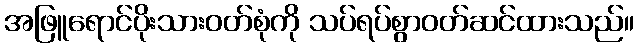
အဖြူရောင်ပိုးသားဝတ်စုံကို သပ်ရပ်စွာဝတ်ဆင်ထားသည်။